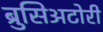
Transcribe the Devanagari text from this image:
ब्रुसिअटोरी